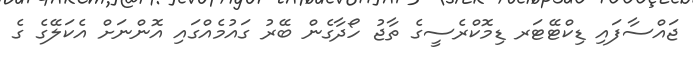
ޖައްސާފައި ޑިކްޓޭޓަރ ޑިމޮކްރެސީގެ ތާޖު ހޯދާގެން ބޭރު ގައުމެއްގައި އޮންނަށް އެކަލޭގެ ގެ